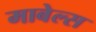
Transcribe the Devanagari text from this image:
माबेल्स